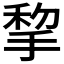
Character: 𢮃